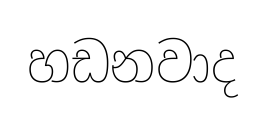
හඩනවාද